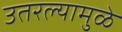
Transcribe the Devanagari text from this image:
उतरल्यामुळे